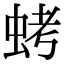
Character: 𮔁